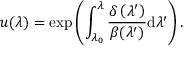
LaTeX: u ( \lambda ) = \exp \left( \int _ { \lambda _ { 0 } } ^ { \lambda } \frac { \delta \left( \lambda ^ { \prime } \right) } { \beta ( \lambda ^ { \prime } ) } \mathrm { d } \lambda ^ { \prime } \right) .